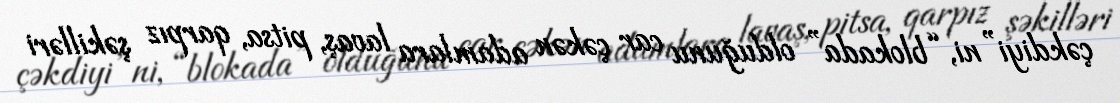
çəkdiyi”ni, “blokada” olduğunu car çəkən adamlara lavaş, pitsa, qarpız şəkilləri